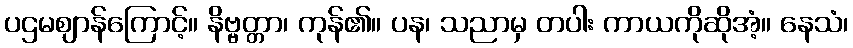
ပဌမဈာန်ကြောင့်။ နိဗ္ဗတ္တာ၊ ကုန်၏။ ပန၊ သညာမှ တပါး ကာယကိုဆိုအံ့။ နေသံ၊